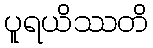
ပူရယိဿတိ